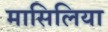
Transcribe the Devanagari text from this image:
मासिलिया